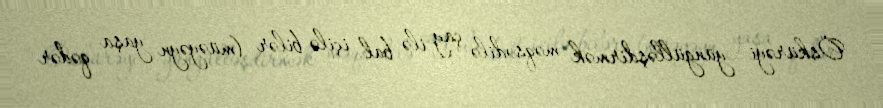
Öskürəyi yüngülləşdirmək məqsədilə çay ilə bal içilə bilər (müəyəyn yaşa qədər